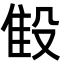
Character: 𬆨